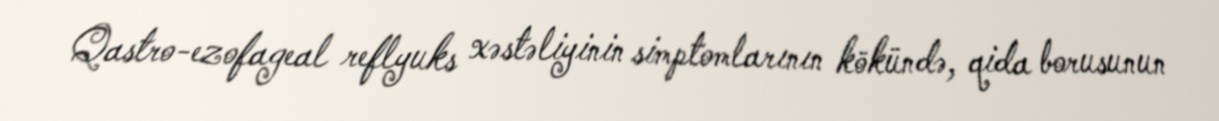
Qastro-ezofageal reflyuks xəstəliyinin simptomlarının kökündə, qida borusunun